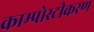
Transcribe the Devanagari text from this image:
काम्पोस्टीकरण